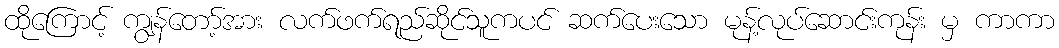
ထိုကြောင့် ကျွန်တော့်အား လက်ဖက်ရည်ဆိုင်သူကပင် ဆက်ပေးသော မုန့်လုပ်ဆောင်းကုန်း မှ ကာကာ